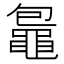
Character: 𪓠